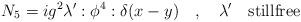
LaTeX: \begin{align*}N_5=ig^2 \lambda' :\phi^4:\delta(x-y) \quad , \quad \lambda' \quad {\mbox{stillfree}}\end{align*}